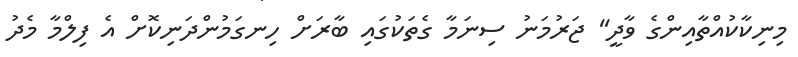
މިނިކާކުއްތާއިންގެ ވާދީ'' ޖަރުމަނު ސިނަމާ ގެތަކުގައި ބާރަށް ހިނގަމުންދަނިކޮށް އެ ފިލްމާ މެދު